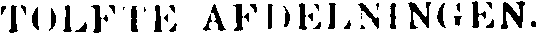
TOLFTE AFDELNINGEN.